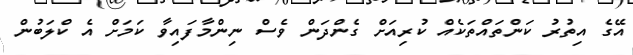
އޭގެ އިތުރު ކަންތައްތަކެއް ކުރިއަށް ގެންދަން ވެސް ނިންމާފައިވާ ކަމަށް އެ ކްްލަބުން